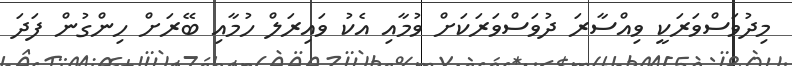
މިދުވަސްވަރަކީ ވިއްސާރަ ދުވަސްވަރަކަށް ވުމާއި އެކު ވައިރަލް ހުމާއި ބޭރަށް ހިންގުން ފަދަ